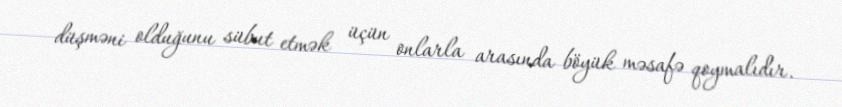
düşməni olduğunu sübut etmək üçün onlarla arasında böyük məsafə qoymalıdır.